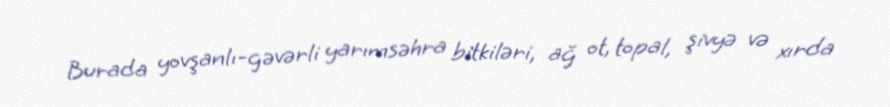
Burada yovşanlı-gəvərli yarımsəhra bitkiləri, ağ ot, topal, şivyə və xırda